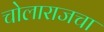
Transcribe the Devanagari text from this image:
चोलाराजचा